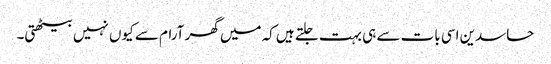
حاسدین اسی بات سے ہی بہت جلتے ہیں کہ میں گھر آرام سے کیوں نہیں بیٹھتی۔